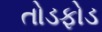
તોડફોડ